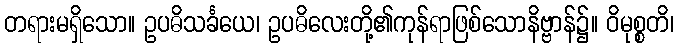
တရားမရှိသော။ ဥပဓိသင်္ခယေ၊ ဥပဓိလေးတို့၏ကုန်ရာဖြစ်သောနိဗ္ဗာန်၌။ ဝိမုစ္စတိ၊